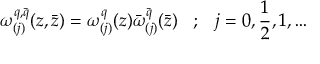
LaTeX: \omega _ { ( j ) } ^ { q , \bar { q } } ( z , \bar { z } ) = \omega _ { ( j ) } ^ { q } ( z ) \bar { \omega } _ { ( j ) } ^ { \bar { q } } ( \bar { z } ) \; \; \; ; \; \; \; j = 0 , \frac { 1 } { 2 } , 1 , \ldots